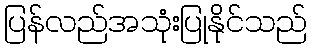
ပြန်လည်အသုံးပြုနိုင်သည်